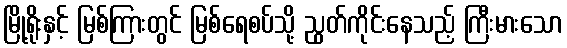
မြို့ရိုးနှင့် မြစ်ကြားတွင် မြစ်ရေစပ်သို့ ညွတ်ကိုင်းနေသည့် ကြီးမားသော